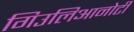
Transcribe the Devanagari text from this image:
गिउलिआनोटी